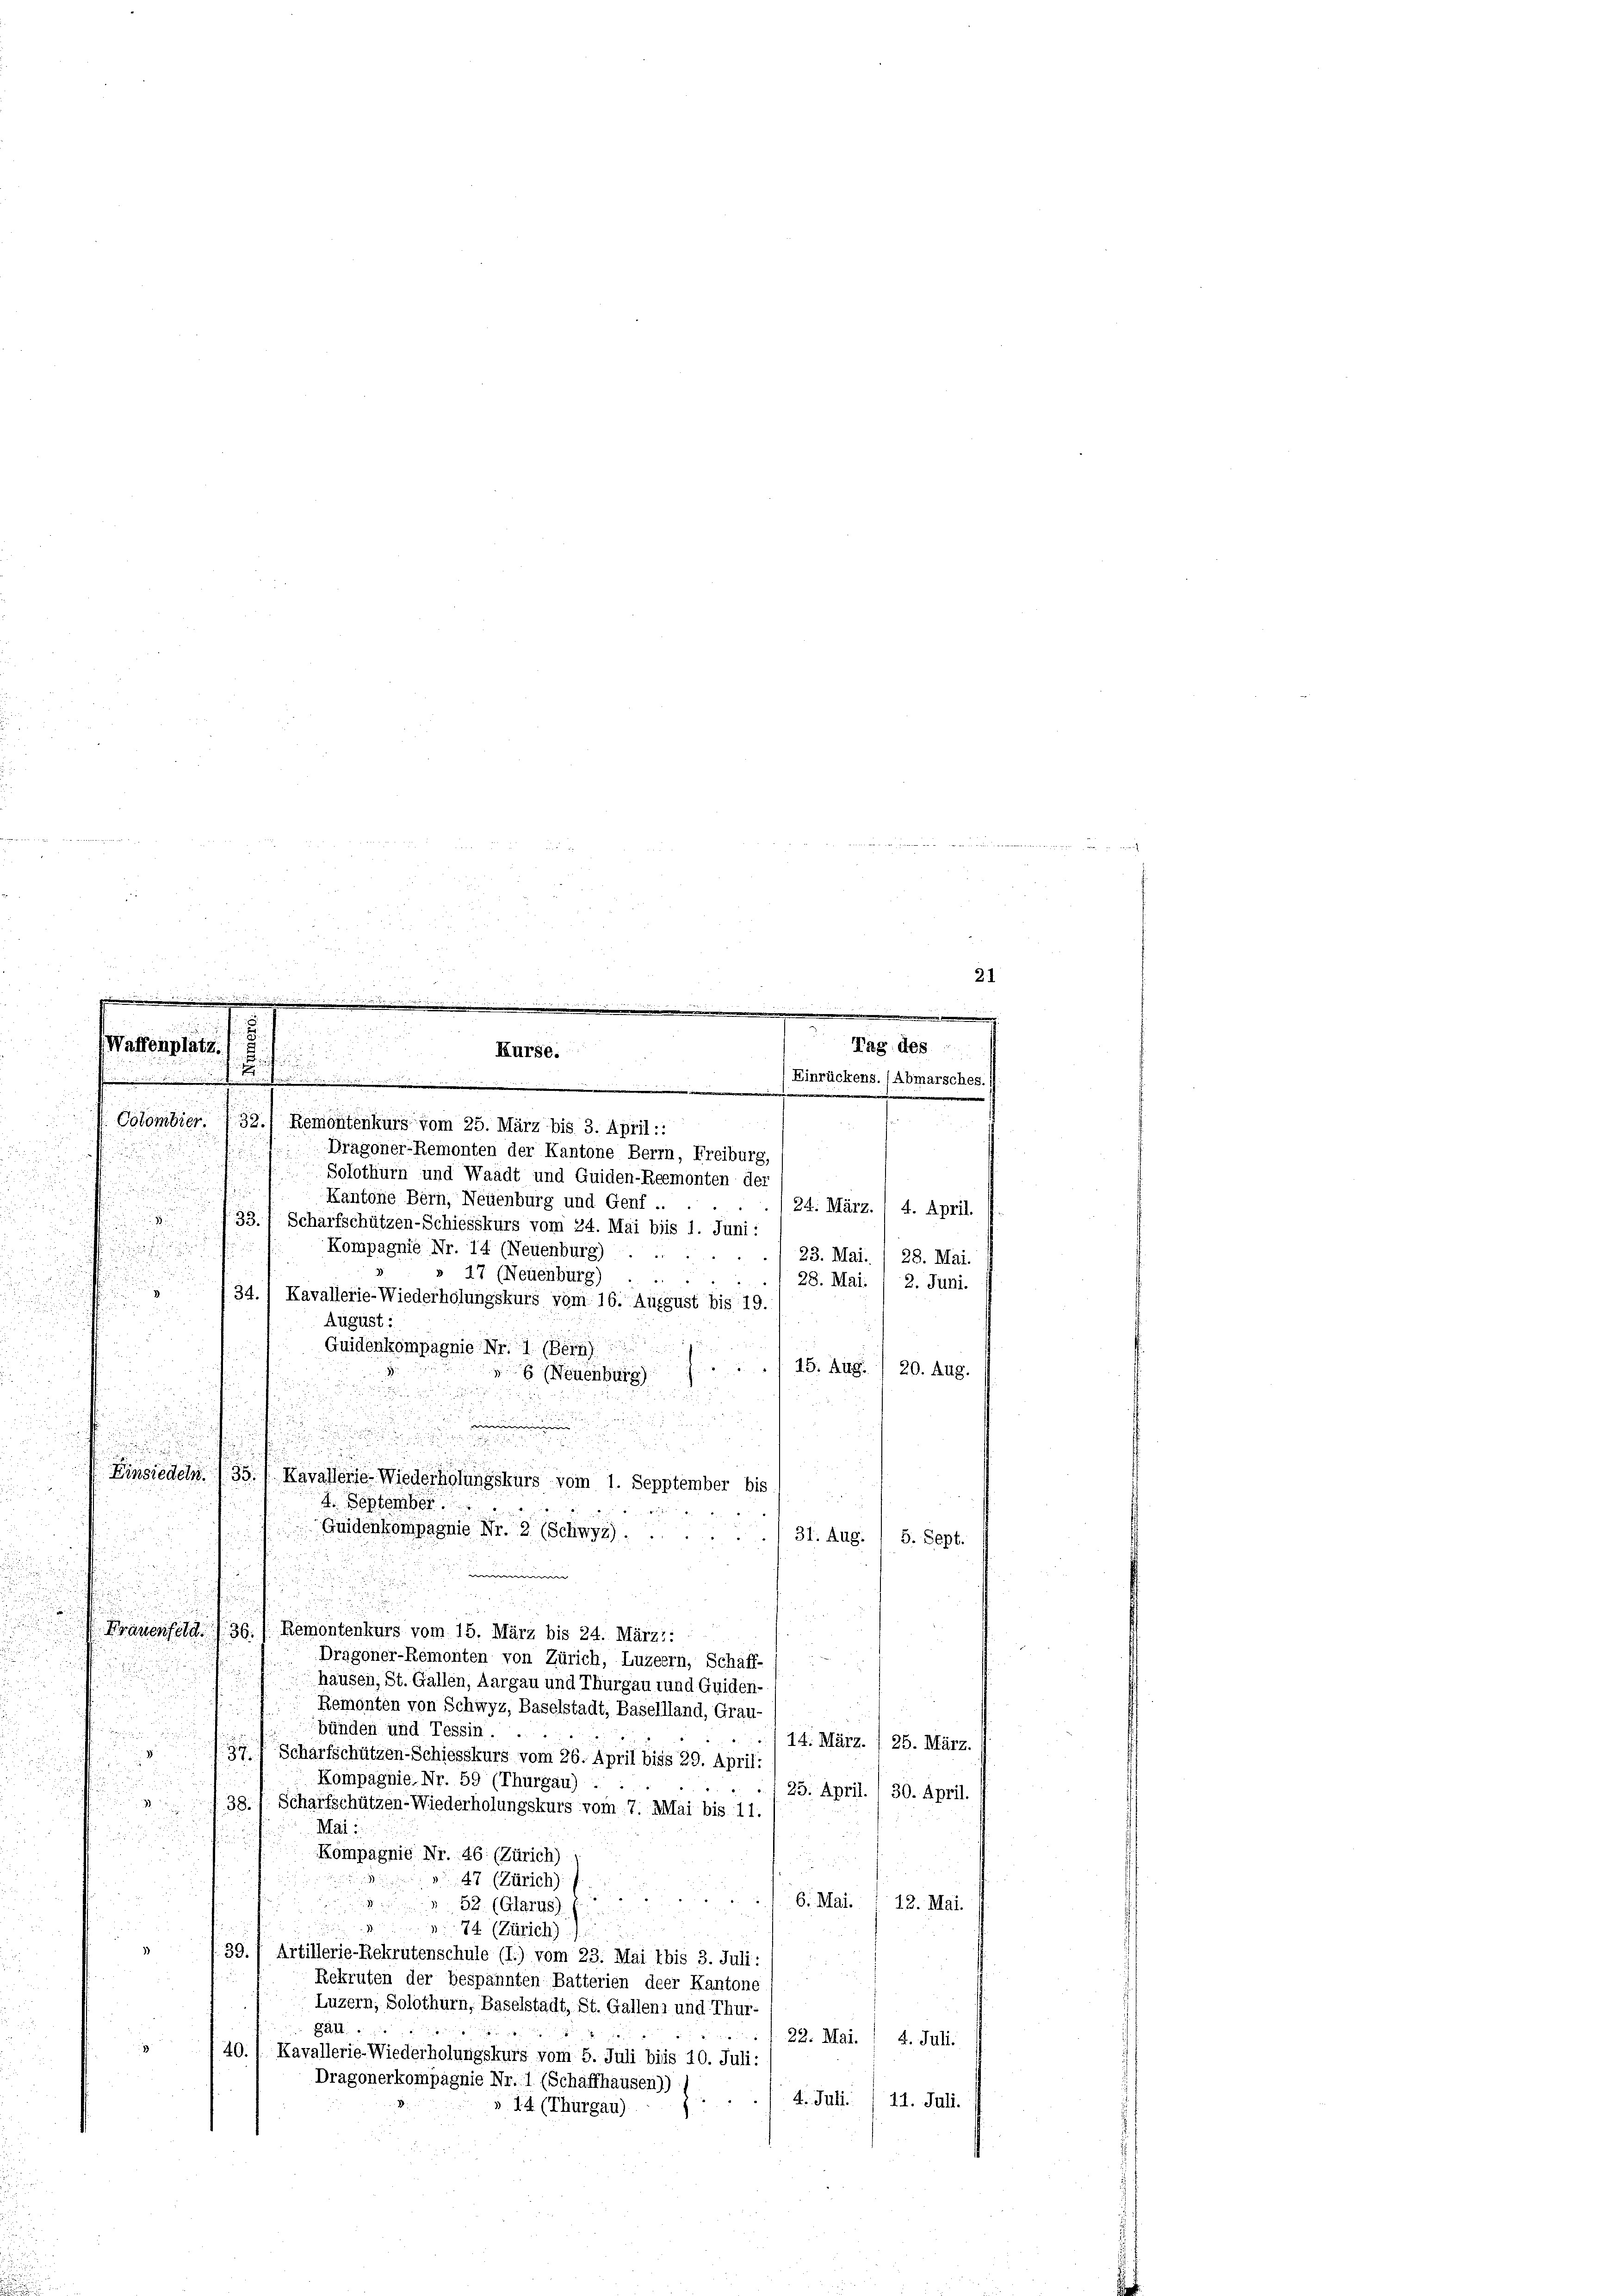
u
Solothurn und Waadt und Guiden-Reemonten der
u
Kantone Bern, Neuenburg und Genf ..
(24. März. / 4. April.
33.) Scharfschützen-Schiesskurs vom 24. Mai bis 1. Juni:
s
Kompagnie Nr. 14 (Neuenburg)
r
e
23. Mai. / 28. Mai.
2
28. Mai.
u
2. Juni.
.
 22
15. Aug. / 20. Aug.

. 31. Aug. / 5. Sept.

Dragoner-Remonten von Zürich, Luzern, Schaff-
häusen, St. Gallen, Aargau und Thurgau tund Guiden-
Remonten von Schwyz, Baselstadt, Basellland, Grau-
bünden und Tessin.
14. März. /25. März.
34f Scharfschützen-Schiesskurs vom 26. April biss 29. April:
n
Kompagnie Nr. 59 (Thurgau)
25. April. / 30. April.
38.) Scharfschützen-Wiederholungskurs vom 7. Mai bis 11.
Mai:

Kompagnie Nr. 46: (Zürich)
47 (Zürich).
.
6. Mai. 12. Mai.
52. (Glarus)
74 (Zürich)
1)
39./ Artillerie-Rekrutenschule (I.) vom 23. Mai bis 3. Juli:
Rekruten der bespannten Batterien der Kantone
Luzern, Solothurn, Baselstadt, St. Gallenz und Thur-
gau.
22. Mai. / 4. Juli.
3
140.) Kavallerie-Wiederholungskurs vom 5. Juli bis 10. Juli:
Dragonerkompagnie Nr. 1 (Schaffhausen)) 1
L. Juli 111. Juli.
» 14. (Thurgau)

Colombier. 732.) Remontenkurs vom 25. März bis 3. April::
Dragoner-Remonten der Kantone Berrn, Freiburg,

u
21
2
  in
¬
Waffenplatz.
Tag des
Kurse:

5
.
Einrückens. (Abmarsches.)
Staster Seite
.

» 27 (Neuenburg)
 134.) Kavallerie-Wiederholungskurs vom 16. August bis 19.
August:
Guidenkompagnie Nr. 1 (Bern
 (Neuenburg)
emminien

Einsiedeln.
s
Kavallerie-Wiederholungskurs vom 1. Sepptember bis
4. September.
e
Guidenkompagnie Nr. 2. (Schwyz).

Frauenfeld (36., Remontenkurs vom 15. März bis 24. März::